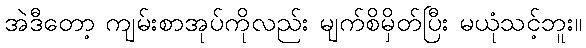
အဲဒီတော့ ကျမ်းစာအုပ်ကိုလည်း မျက်စိမှိတ်ပြီး မယုံသင့်ဘူး။